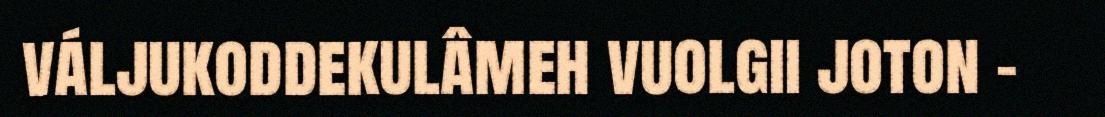
váljukoddekulâmeh vuolgii joton –